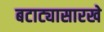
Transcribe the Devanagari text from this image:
बटाट्यासारखे